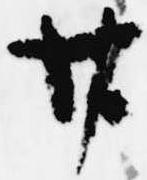
廿